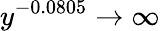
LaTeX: y^{-0.0805}\rightarrow\infty